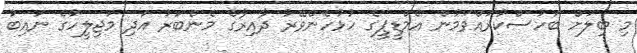
މި ބިލަށް ބަހުސްކުރައްވަމުން އެމްޑީޕީގެ ހުޅުހެންވޭރު ދާއިރާގެ މެންބަރު އަދި މަޖިލީހުގެ ނައިބު